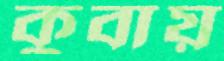
কুবায়